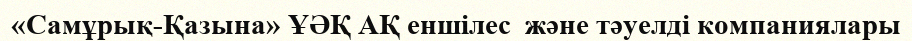
«Самұрық-Қазына» ҰӘҚ АҚ еншілес  және тәуелді компаниялары